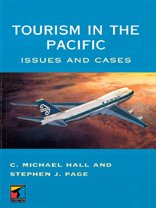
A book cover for Tourism in the Pacific: Issues and Cases (Tourism and Hospitality Management Series); Michael C. Hall; Travel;